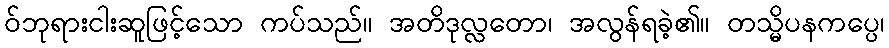
ဝ်ဘုရားငါးဆူဖြင့်သော ကပ်သည်။ အတိဒုလ္လတော၊ အလွန်ရခဲ့၏။ တသ္မိပနကပ္ပေ၊